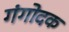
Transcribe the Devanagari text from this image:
गंगोदक